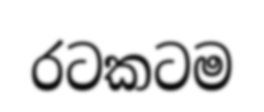
රටකටම